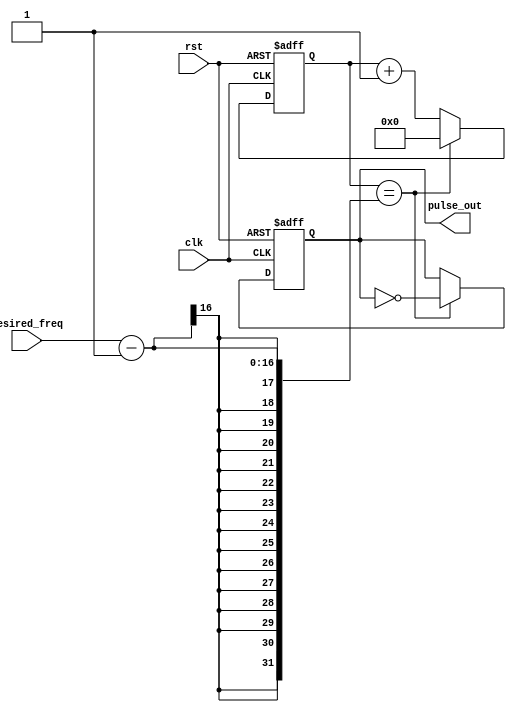
module variable_frequency_pulse_generator (
    input wire clk,               // Input clock signal
    input wire rst,               // Reset signal
    input wire [15:0] desired_freq, // Input desired pulse frequency
    output reg pulse_out          // Output pulse signal
);

reg [15:0] counter;              // Counter to keep track of clock cycles

always @(posedge clk or posedge rst) begin
    if (rst) begin
        counter <= 16'h0000;     // Reset counter
        pulse_out <= 1'b0;       // Reset output signal
    end
    else begin
        if (counter == desired_freq - 1) begin
            pulse_out <= ~pulse_out;  // Generate pulse every 'desired_freq' cycles
            counter <= 16'h0000;     // Reset counter
        end
        else begin
            counter <= counter + 1;  // Increment counter
        end
    end
end

endmodule